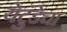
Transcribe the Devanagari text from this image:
येटुंडेचा